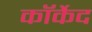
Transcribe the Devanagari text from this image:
कॉर्केद